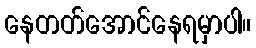
နေတတ်အောင်နေရမှာပါ။